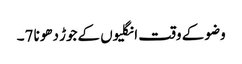
وضو کے وقت انگلیوں کےجوڑ دھونا 7۔